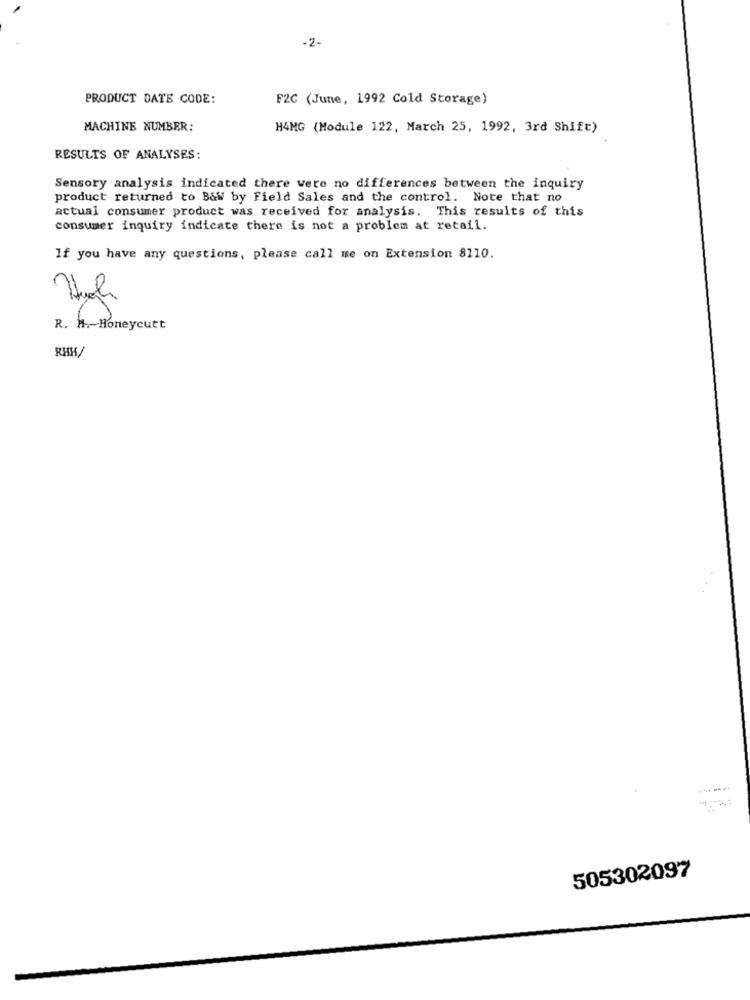
-2-
PRODUCT DATE CODE:
F2C (June, 1992 Cold Storage)
MACHINE NUMBER:
H4MG (Module 122, March 25, 1992, 3rd Shift)
RESULTS OF ANALYSES:
Sensory analysis indicated there were no differences between the inquiry
product returned to B&w by Field Sales and the control. Note that no
actual consumer product was received for analysis. This results of this
consumer inquiry indicate there is not a problem at retail.
If you have any questions, please call me on Extension 8110.
=
R. H .- Honeycutt
RHK/
505302097